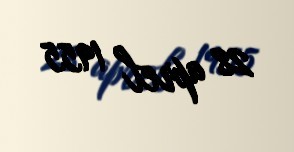
28 aprel 1955